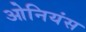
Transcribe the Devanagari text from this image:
ओनियंस